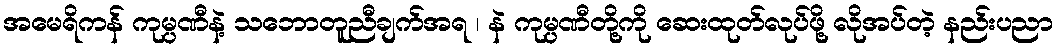
အမေရိကန် ကုမ္ပဏီနဲ့ သဘောတူညီချက်အရ ၊ နဲ ကုမ္ပဏီတို့ကို ဆေးထုတ်လုပ်ဖို့ လိုအပ်တဲ့ နည်းပညာ